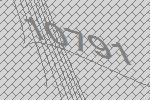
10791